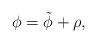
LaTeX: \begin{align*}\phi = \tilde{\phi} + \rho,\end{align*}